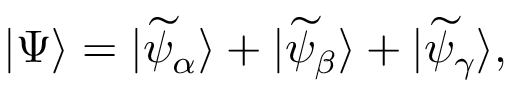
| \Psi \rangle = | \widetilde { \psi } _ { \alpha } \rangle + | \widetilde { \psi } _ { \beta } \rangle + | \widetilde { \psi } _ { \gamma } \rangle ,